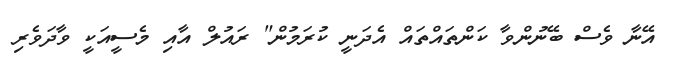
އޭނާ ވެސް ބޭނުންވާ ކަންތައްތައް އެދަނީ ކުރަމުން" ރައުލް އާއި މެސީއަކީ ވާދަވެރި